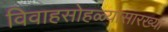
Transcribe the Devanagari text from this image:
विवाहसोहळ्यासारख्या